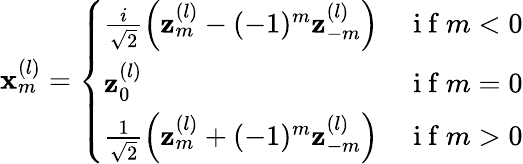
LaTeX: \mathbf{x}_{m}^{(l)}=\left\{ \begin{array}{ll}{\frac{i}{\sqrt{2}}\left(\mathbf{z}_{m}^{(l)}-(-1)^{m}\mathbf{z}_{-m}^{(l)}\right)}&{\mathrm{~i~f~}m<0}\\ {\mathbf{z}_{0}^{(l)}}&{\mathrm{~i~f~}m=0}\\ {\frac{1}{\sqrt{2}}\left(\mathbf{z}_{m}^{(l)}+(-1)^{m}\mathbf{z}_{-m}^{(l)}\right)}&{\mathrm{~i~f~}m>0}\end{array}\right.